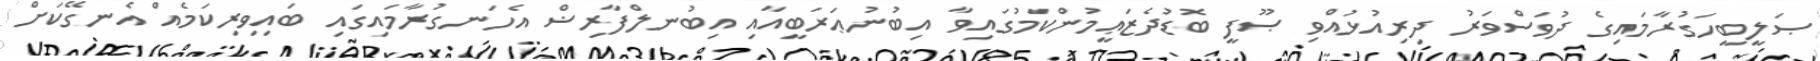
ޞަލީބީހަގުރާމައިގެ ދުވަސްވަރު ދިރިއުޅުއްވި ޞޫފީ ބޮޑުދެޒަޢީމުންކަމުގައިވާ އިބުނުޢަރަބީއާއި އިބުނލްފާރިޟް އެހަނގުރާމައިގައި ބައިވިރިކަމެއް އެނގޭކަށް